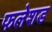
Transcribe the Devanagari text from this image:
फलेशड